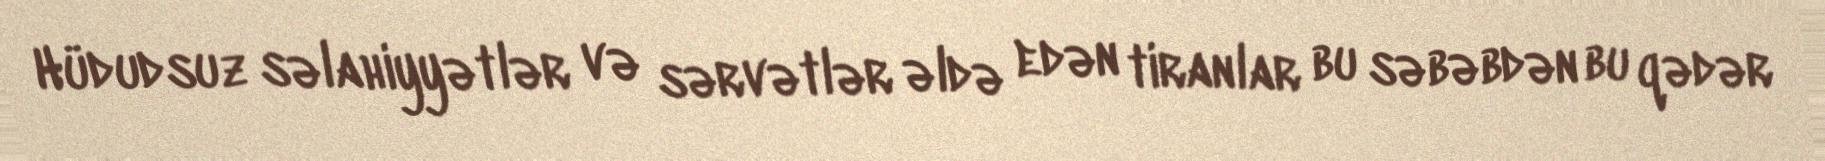
Hüdudsuz səlahiyyətlər və sərvətlər əldə edən tiranlar bu səbəbdən bu qədər